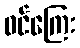
ဝင်ကြေး